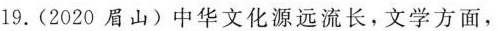
19.(2020眉山)中华文化源远流长，文学方面，